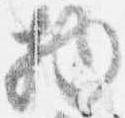
物